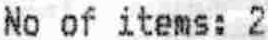
NO OF ITEMS: 2